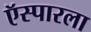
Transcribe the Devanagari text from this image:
ऍस्पारला